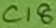
Text: C18